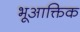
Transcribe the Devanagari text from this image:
भूआक्तिक